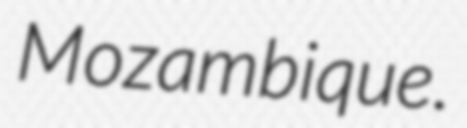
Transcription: Mozambique.